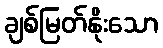
ချစ်မြတ်နိုးသော